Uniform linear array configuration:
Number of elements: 64
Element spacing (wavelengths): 0.5
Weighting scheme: binomial
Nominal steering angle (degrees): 60
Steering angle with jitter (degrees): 58.747
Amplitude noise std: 0.05
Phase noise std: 0.05

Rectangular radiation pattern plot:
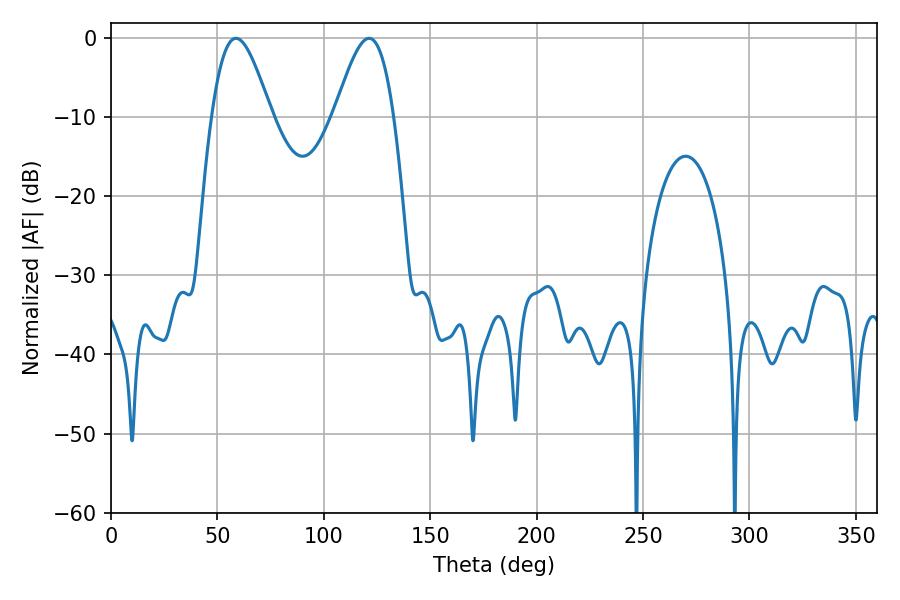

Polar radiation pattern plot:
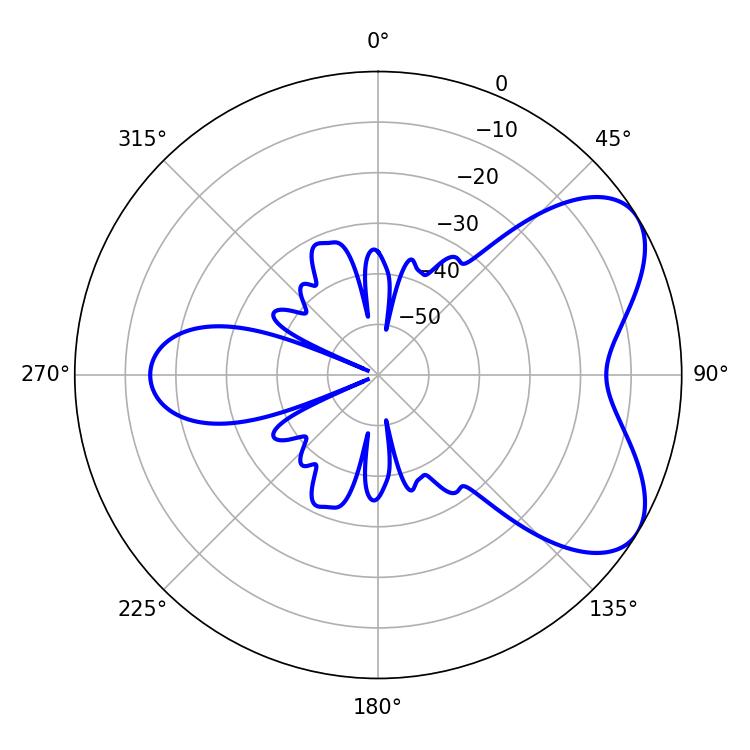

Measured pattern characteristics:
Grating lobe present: FALSE
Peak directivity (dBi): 6.037
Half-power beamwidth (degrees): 14.94
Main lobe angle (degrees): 58.68